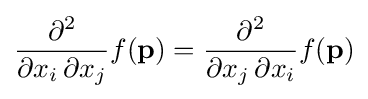
{\frac {\partial ^{2}}{\partial x_{i}\,\partial x_{j}}}f(\mathbf {p} )={\frac {\partial ^{2}}{\partial x_{j}\,\partial x_{i}}}f(\mathbf {p} )